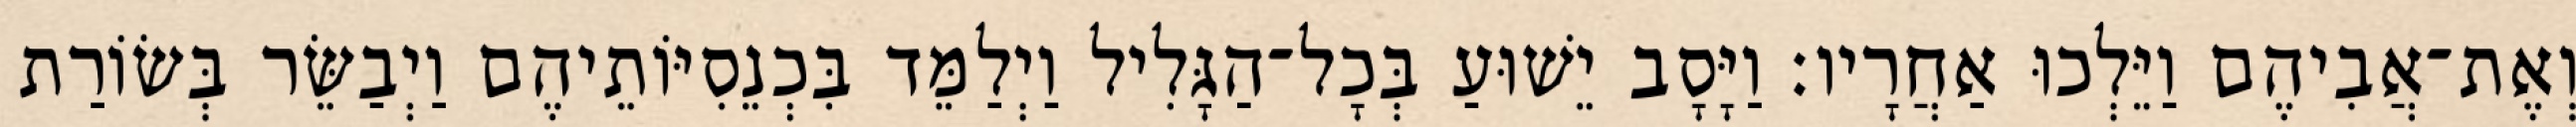
וְאֶת־אֲבִיהֶם וַיֵּלְכוּ אַחֲרָיו׃ וַיָּסָב יֵשׁוּעַ בְּכָל־הַגָּלִיל וַיְלַמֵּד בִּכְנֵסִיּוֹתֵיהֶם וַיְבַשֵּׂר בְּשׂוֹרַת